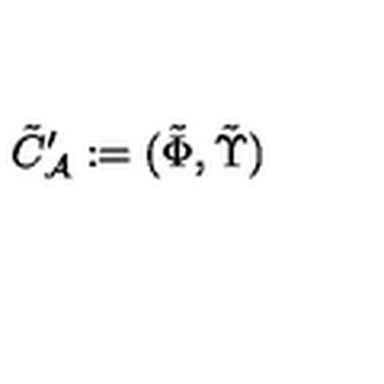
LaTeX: \tilde { C } _ { \cal A } ^ { \prime } : = ( \tilde { \Phi } , \tilde { \Upsilon } )